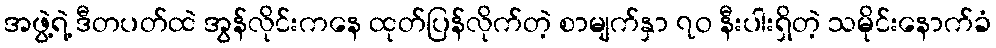
အဖွဲ့ရဲ့ ဒီတပတ်ထဲ အွန်လိုင်းကနေ ထုတ်ပြန်လိုက်တဲ့ စာမျက်နှာ ၇ဝ နီးပါးရှိတဲ့ သမိုင်းနောက်ခံ